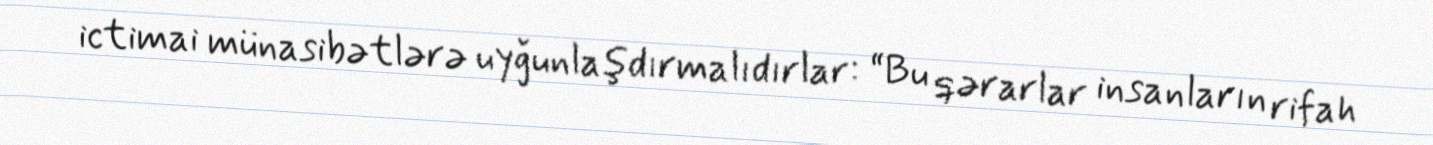
ictimai münasibətlərə uyğunlaşdırmalıdırlar: “Bu qərarlar insanların rifah